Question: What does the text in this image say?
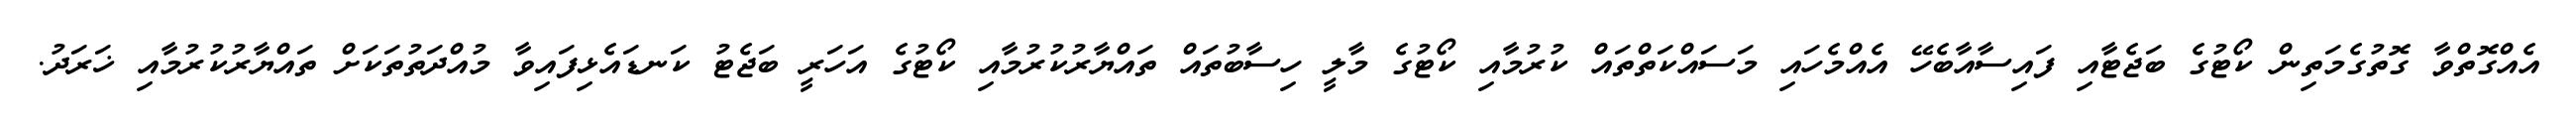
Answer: އެއްގޮތްވާ ގޮތުގެމަތިން ކޯޓުގެ ބަޖެޓާއި ފައިސާއާބެހޭ އެއްމެހައި މަސައްކަތްތައް ކުރުމާއި ކޯޓުގެ މާލީ ހިސާބުތައް ތައްޔާރުކުރުމާއި ކޯޓުގެ އަހަރީ ބަޖެޓު ކަނޑައެޅިފައިވާ މުއްދަތުތަކަށް ތައްޔާރުކުރުމާއި ޚަރަދު.